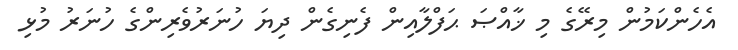
އެހެންކަމުން މިރޭގެ މި ޚާއްޞަ ޙަފްލާއިން ފެނިގެން ދިޔަ ހުނަރުވެރިންގެ ހުނަރު މުޅި